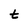
Character: t